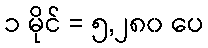
၁ မိုင် = ၅,၂၈၀ ပေ